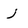
Character: j